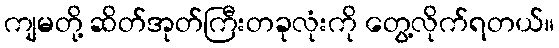
ကျမတို့ ဆိတ်အုတ်ကြီးတခုလုံးကို တွေ့လိုက်ရတယ်။